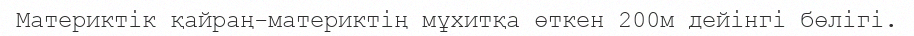
Материктік қайраң-материктің мұхитқа өткен 200м дейінгі бөлігі.